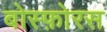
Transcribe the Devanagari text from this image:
बोस्फ़ोरस